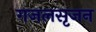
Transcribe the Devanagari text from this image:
गजलसृजन